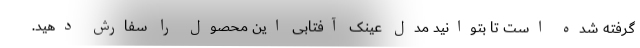
گرفته شده است تا بتوانید مدل عینک آفتابی این محصول را سفارش دهید.